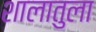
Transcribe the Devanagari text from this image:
शालातुला